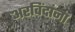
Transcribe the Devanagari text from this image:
अरविंदांना